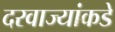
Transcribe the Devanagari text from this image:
दरवाज्यांकडे